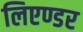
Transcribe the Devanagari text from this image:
लिएण्डर